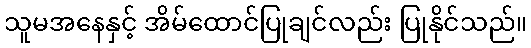
သူမအနေနှင့် အိမ်ထောင်ပြုချင်လည်း ပြုနိုင်သည်။